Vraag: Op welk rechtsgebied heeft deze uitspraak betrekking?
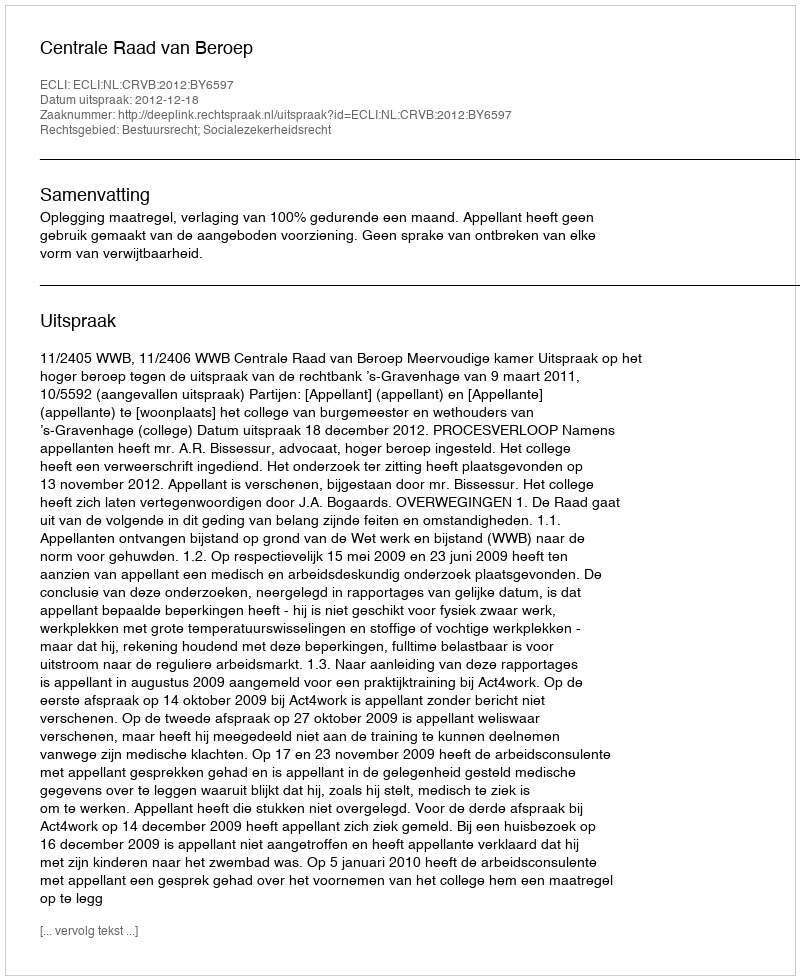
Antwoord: Bestuursrecht; Socialezekerheidsrecht